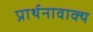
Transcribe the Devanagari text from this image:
प्रार्थनावाक्य